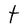
Character: t